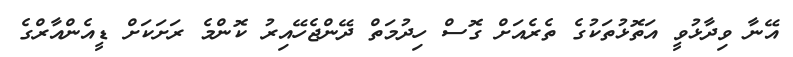
އޭނާ ވިދާޅުވީ އަތޮޅުތަކުގެ ތެރެއަށް ގޮސް ހިދުމަތް ދޭންޖެހޭއިރު ކޮންމެ ރަށަކަށް ޑީއެންއާރްގެ